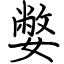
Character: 嫳